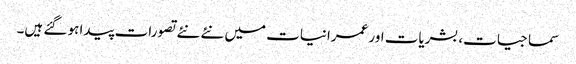
سماجیات، بشریات اور عمرانیات میں نئے نئے تصورات پیدا ہو گئے ہیں۔